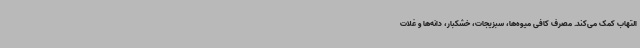
التهاب کمک می‌کند. مصرف کافی میوه‌ها، سبزیجات، خشکبار، دانه‌ها و غلات